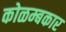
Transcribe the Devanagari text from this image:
कोळम्बकार